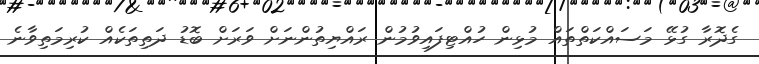
ގެދޮރާ ގުޅޭ މަސައްކަތްތައް މުޅިން ހުއްޓިފައިވުމުން ރައްޔިތުންނަށް ވަރަށް ބޮޑު ދަތިތަކެއް ކުރިމަތިވާނެ